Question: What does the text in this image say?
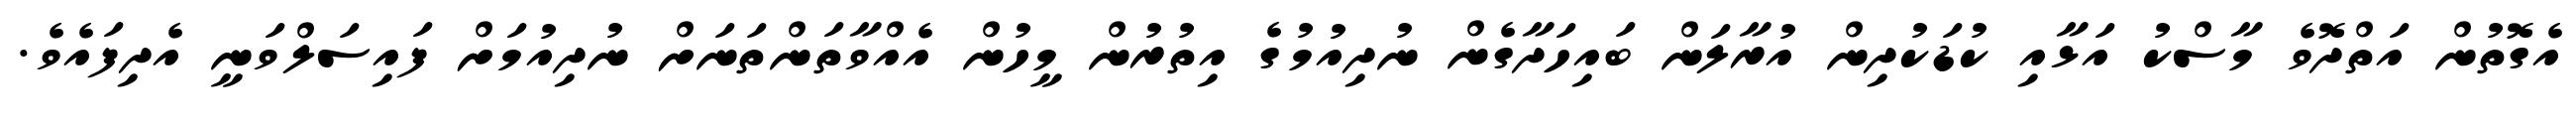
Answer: އެގޮތުން އަތްދޮވެ މާސްކު އަޅާއި ކުޑަކުދިން އުރާލަން ބައިހަދާގެން ނުދިއުމުގެ އިތުރުން މީހުން އެއްވާތަންތަނަށް ނުދިއުމަށް ފައިސަލްވަނީ އެދިފައެވެ.